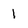
Character: 1